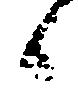
候